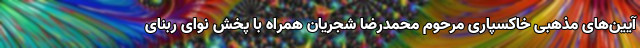
آیین‌های مذهبی خاکسپاری مرحوم محمدرضا شجریان همراه با پخش نوای ربنای